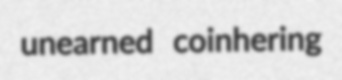
unearned coinhering